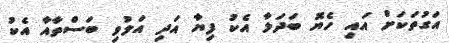
އަގުތަކަށް އައި ހެޔޮ ބަދަލާ އެކު ފިޔާ އަދި އަލުވި ބަސްތާއާ އެކު